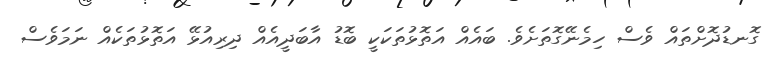
ގޮނޑުދޮށްތައް ވެސް ހިމެނޭގޮތަށެވެ. ބައެއް އަތޮޅުތަކަކީ ބޮޑު އާބަދީއެއް ދިރިއުޅޭ އަތޮޅުތަކެއް ނަމަވެސް